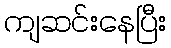
ကျဆင်းနေပြီး